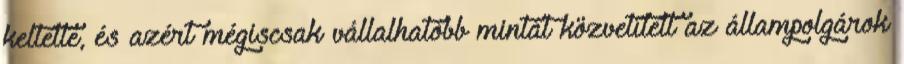
keltette, és azért mégiscsak vállalhatóbb mintát közvetített az állampolgárok